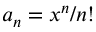
\textstyle a _ { n } = x ^ { n } / n !